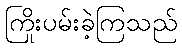
ကြိုးပမ်းခဲ့ကြသည်